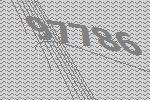
97786